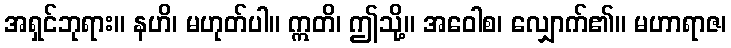
အရှင်ဘုရား။ နဟိ၊ မဟုတ်ပါ။ ဣတိ၊ ဤသို့။ အဝေါစ၊ လျှောက်၏။ မဟာရာဇ၊